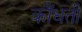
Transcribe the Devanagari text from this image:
कौंधती